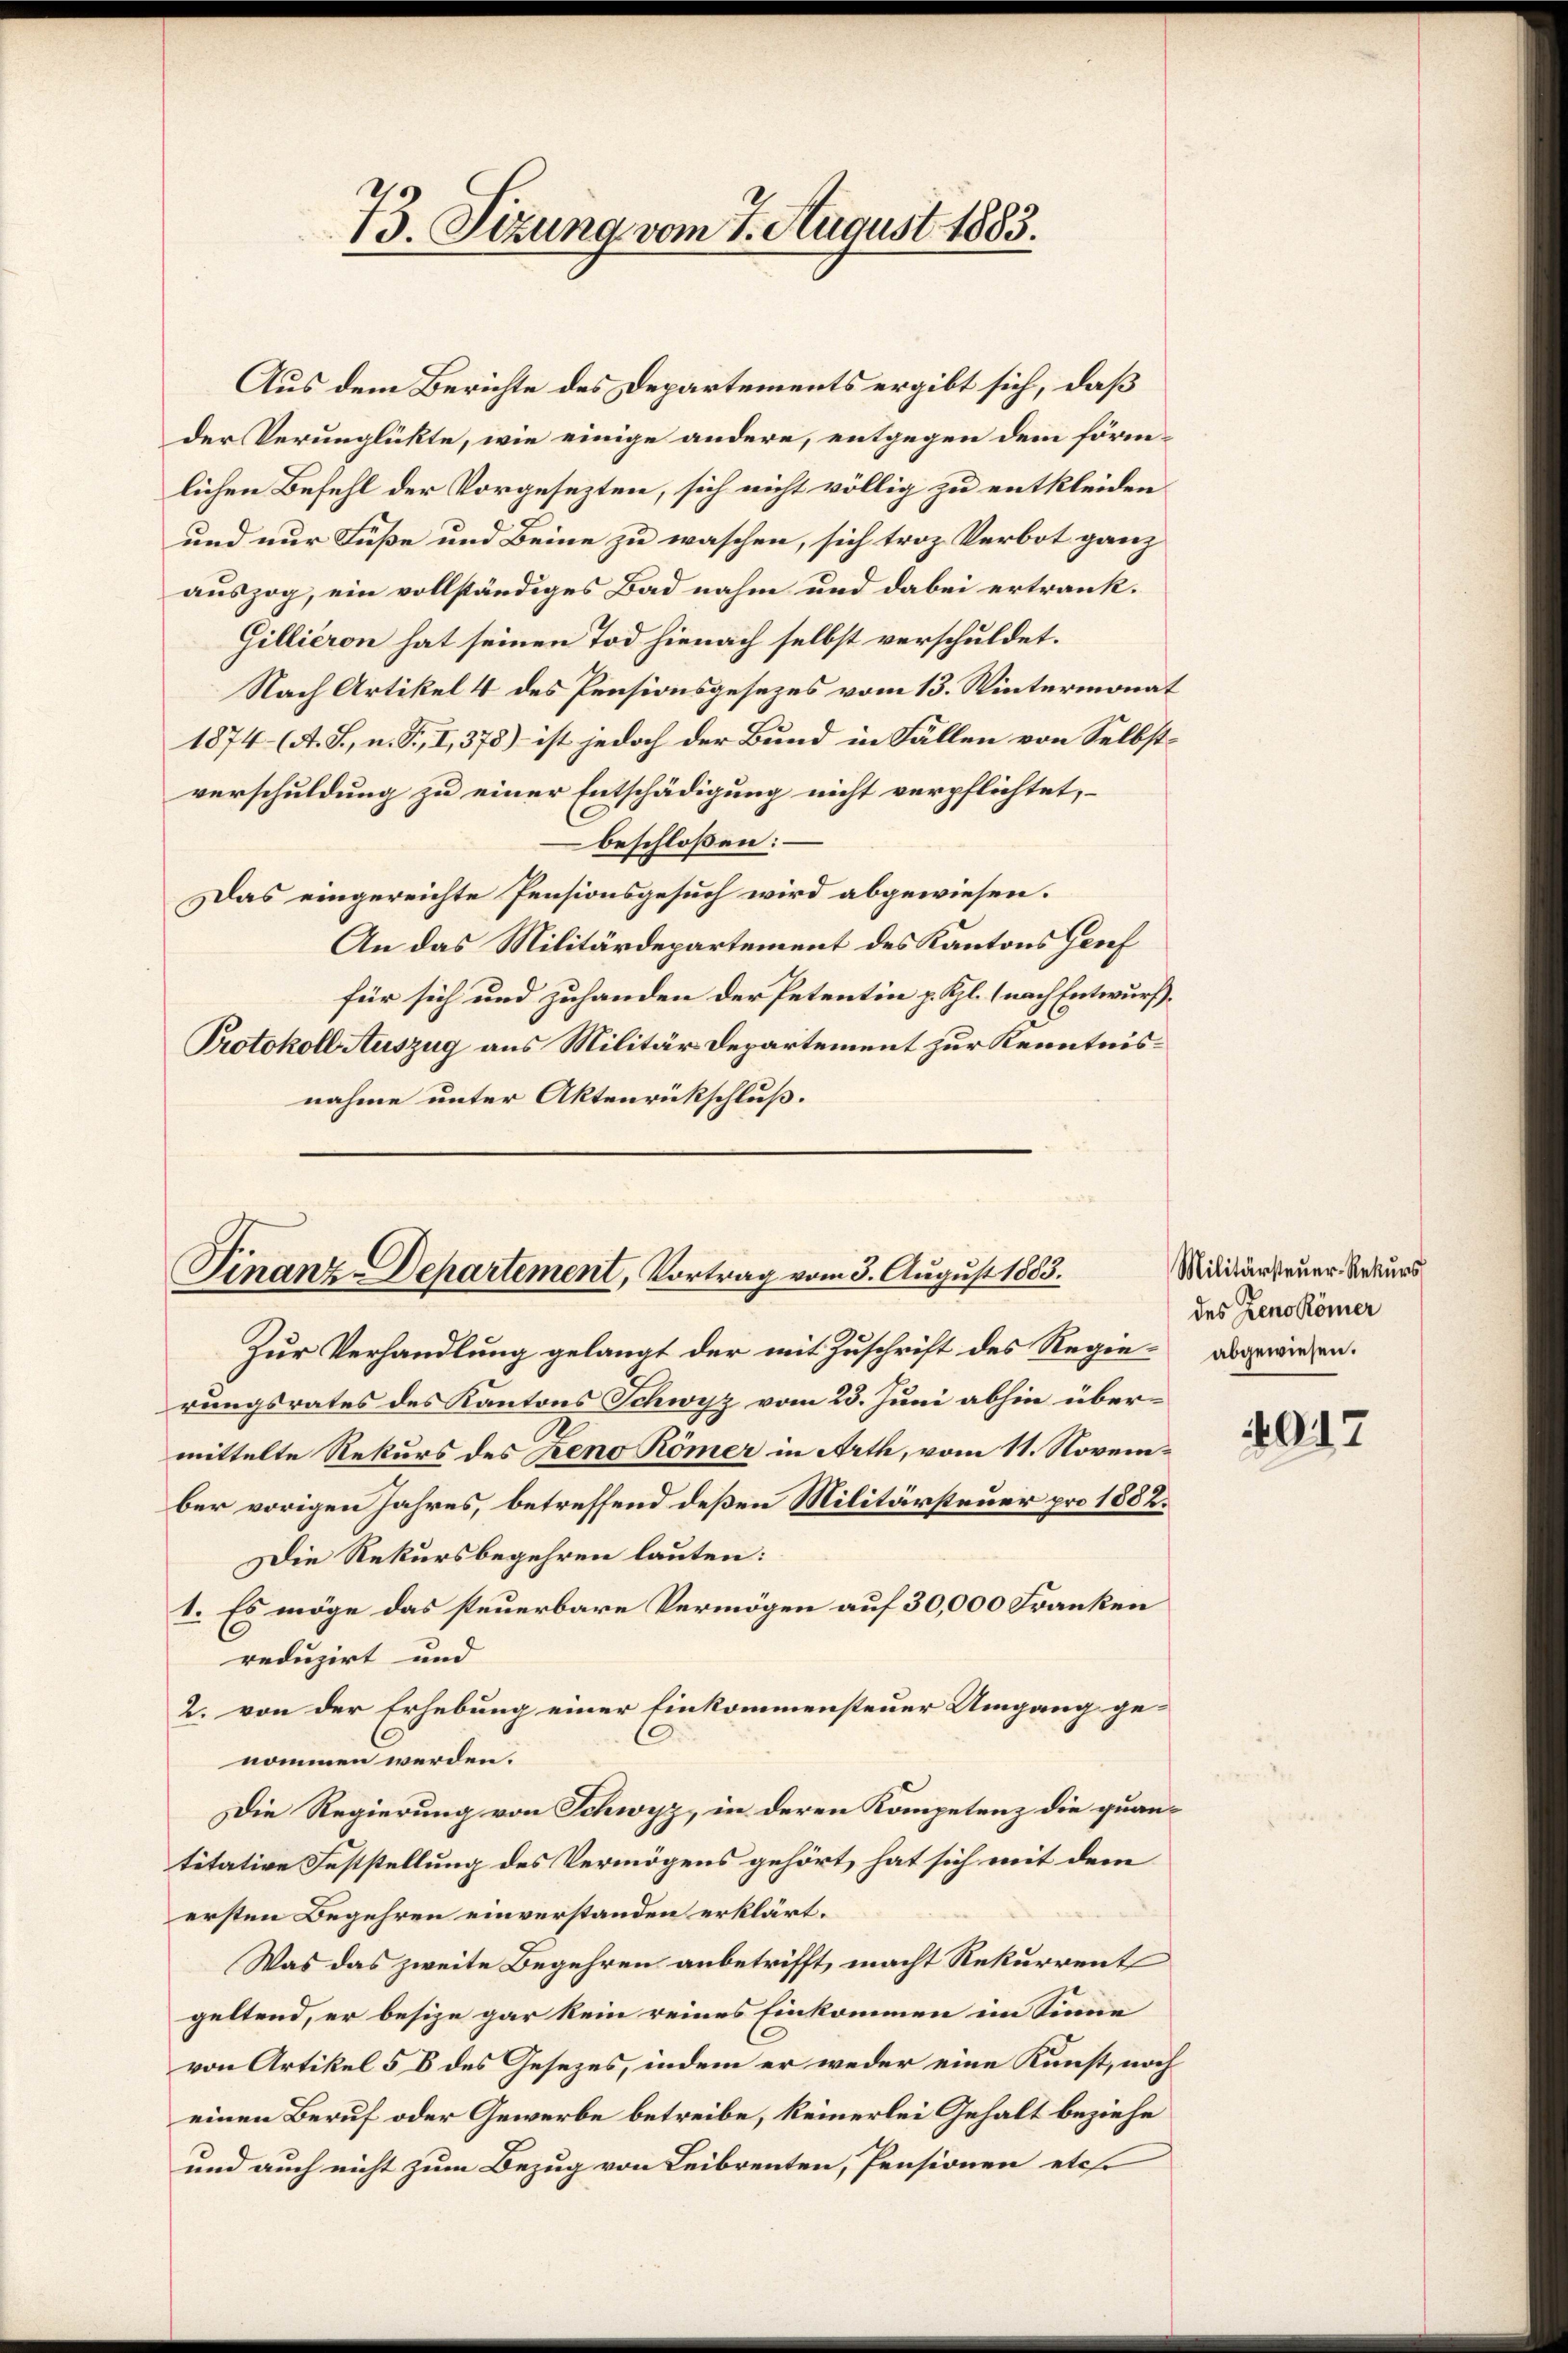
73. Sizung vom 7. August 1883.

Aus dem Berichte des Departements ergibt sich, daß
der Verunglükte, wie einige andere, entgegen dem förmlichen Befehl der Vorgesezten, sich nicht völlig zu entkleiden
und nur Füße und Beine zu waschen, sich troz Verbot ganz
auszog, ein vollständiges Bad nahm und dabei ertrank¬
Gillieren hat seinen Tod hienach selbst verschuldet.
Nach Artikel 4 des Pensionsgesezes vom 13. Wintermonat
1874 (A. S., n. F., I, 378) ist jedoch der Bund in Fällen von Selbstverschuldung zu einer Entschädigung nicht verpflichtet,
beschloßen:
Das eingereichte Pensionsgesuch wird abgewiesen.
An das Militärdepartement des Kantons Genf
für sich und zuhanden der Petentin z. Kl. (nach Entwurff¬
Protokoll Auszug aus Militär Departement zur Kenntnisnahme unter Aktenrückschluß.

Finanz-Departement, Vortrag vom 3. August 1883.

Zur Verhandlung gelangt der mit Zuschrift des Regie abgewiesen.
rungsrates des Kantons Schwyz vom 23. Juni abhin übermittelte Rekurs des Zeno Römer in Arth, vom 11. November vorigen Jahres, betreffend deßen Militärsteuer pro 1882.
Die Rekursbegehren lauten:
1. Es möge das steuerbare Vermögen auf 30,000 Franken
reduzirt und
2. von der Erhebung einer Einkommensteuer Umgang ge-
nommen werden.
Die Regierung von Schwyz, in deren Kompetenz die quantitative Feststellung des Vermögens gehört, hat sich mit dem
ersten Begehren einverstanden erklärt.
Was das zweite Begehren anbetrifft, macht Rekurrent
geltend, er besize gar kein reines Einkommen ein Sinne
von Artikel 5 8 des Gesezes, indem er weder eine Kunst, noch
einen Beruf oder Gewerbe betreibe, keinerlei Gehalt beziehe
und auch nicht zum Bezug von Leibrenten, Pensionen etc.

Militärsteŭer-Rekŭrs
des Zenokömer

4017